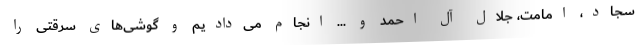
سجاد، امامت، جلال آل احمد و ... انجام می‌دادیم و گوشی‌های سرقتی را